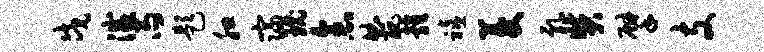
戍灭雨题腮寝瑰念曲丑雍禧菱乳奘擘支